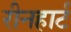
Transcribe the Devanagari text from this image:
रीनहार्ट